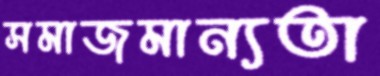
সমাজমান্যতা